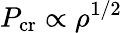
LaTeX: P_{\mathrm{cr}}\propto\rho^{1/2}